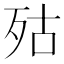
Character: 㱠